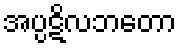
အပ္ပဋိလဘတော